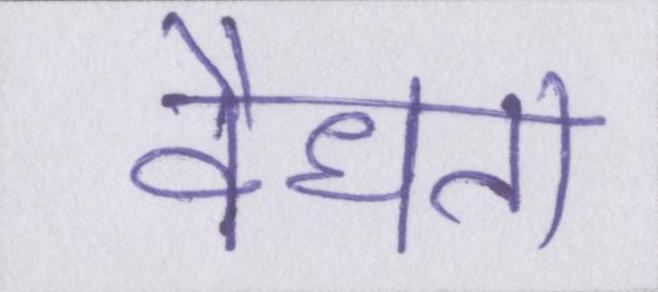
वैधता